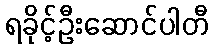
ရခိုင့်ဦးဆောင်ပါတီ